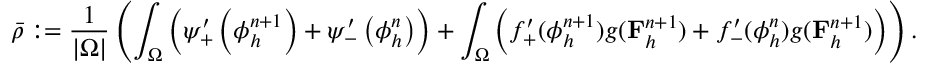
\bar { \rho } : = \frac { 1 } { | \Omega | } \left( \int _ { \Omega } \left( \psi _ { + } ^ { \prime } \left( \phi _ { h } ^ { n + 1 } \right) + \psi _ { - } ^ { \prime } \left( \phi _ { h } ^ { n } \right) \right) + \int _ { \Omega } \left( f _ { + } ^ { \prime } ( \phi _ { h } ^ { n + 1 } ) g ( \mathbf { F } _ { h } ^ { n + 1 } ) + f _ { - } ^ { \prime } ( \phi _ { h } ^ { n } ) g ( \mathbf { F } _ { h } ^ { n + 1 } ) \right) \right) .